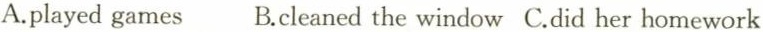
A.played games B.cleaned the window C.did her homework